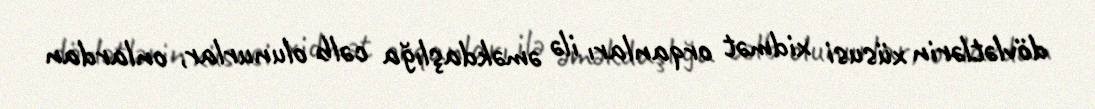
dövlətlərin xüsusi xidmət orqanları ilə əməkdaşlığa cəlb olunurlar, onlardan